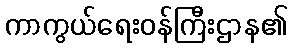
ကာကွယ်ရေးဝန်ကြီးဌာန၏